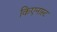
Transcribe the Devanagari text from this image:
किएनास्ट